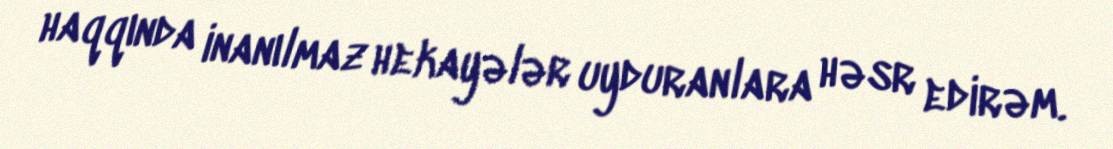
haqqında inanılmaz hekayələr uyduranlara həsr edirəm.